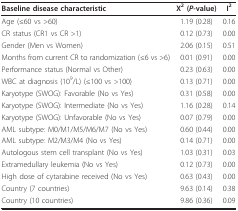
<table><thead><tr><td><b>Baseline disease characteristic</b></td><td><b>X<sup>2 </sup>(<i>P</i>-value)</b></td><td><b>I<sup>2</sup></b></td></tr></thead><tbody><tr><td>Age (≤60 vs &gt;60)</td><td>1.19 (0.28)</td><td>0.16</td></tr><tr><td>CR status (CR1 vs CR &gt;1)</td><td>0.12 (0.73)</td><td>0.00</td></tr><tr><td>Gender (Men vs Women)</td><td>2.06 (0.15)</td><td>0.51</td></tr><tr><td>Months from current CR to randomization (≤6 vs &gt;6)</td><td>0.01 (0.91)</td><td>0.00</td></tr><tr><td>Performance status (Normal vs Other)</td><td>0.23 (0.63)</td><td>0.00</td></tr><tr><td>WBC at diagnosis (10<sup>9</sup>/L) (≤100 vs &gt;100)</td><td>0.13 (0.71)</td><td>0.00</td></tr><tr><td>Karyotype (SWOG): Favorable (No vs Yes)</td><td>0.31 (0.58)</td><td>0.00</td></tr><tr><td>Karyotype (SWOG): Intermediate (No vs Yes)</td><td>1.16 (0.28)</td><td>0.14</td></tr><tr><td>Karyotype (SWOG): Unfavorable (No vs Yes)</td><td>0.07 (0.79)</td><td>0.00</td></tr><tr><td>AML subtype: M0/M1/M5/M6/M7 (No vs Yes)</td><td>0.60 (0.44)</td><td>0.00</td></tr><tr><td>AML subtype: M2/M3/M4 (No vs Yes)</td><td>0.14 (0.71)</td><td>0.00</td></tr><tr><td>Autologous stem cell transplant (No vs Yes)</td><td>1.03 (0.31)</td><td>0.03</td></tr><tr><td>Extramedullary leukemia (No vs Yes)</td><td>0.12 (0.73)</td><td>0.00</td></tr><tr><td>High dose of cytarabine received (No vs Yes)</td><td>0.63 (0.43)</td><td>0.00</td></tr><tr><td>Country (7 countries)</td><td>9.63 (0.14)</td><td>0.38</td></tr><tr><td>Country (10 countries)</td><td>9.86 (0.36)</td><td>0.09</td></tr></tbody></table>